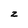
Character: z